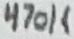
Text: 470K